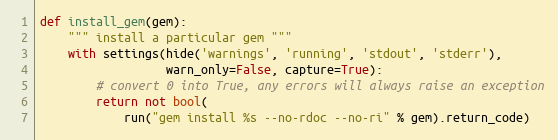
Language: Python
def install_gem(gem):
    """ install a particular gem """
    with settings(hide('warnings', 'running', 'stdout', 'stderr'),
                  warn_only=False, capture=True):
        # convert 0 into True, any errors will always raise an exception
        return not bool(
            run("gem install %s --no-rdoc --no-ri" % gem).return_code)